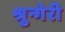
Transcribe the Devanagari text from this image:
श्रुन्गेरी